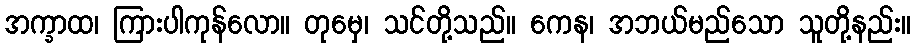
အက္ခာထ၊ ကြားပါကုန်လော။ တုမှေ၊ သင်တို့သည်။ ကေန၊ အဘယ်မည်သော သူတို့နည်း။